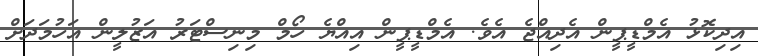
އިދިކޮޅު އެމްޑީޕީން އެދިއްޖެ އެވެ. އެމްޑީޕީން އިއްޔެ ހޯމް މިނިސްޓަރު އަޒުލީން އަހުމަދަށް